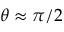
\theta \approx \pi / 2